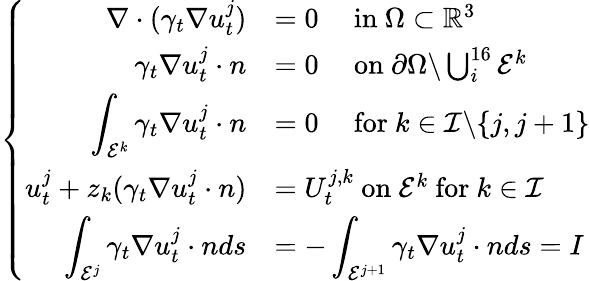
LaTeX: \left\{ \begin{array}{rl}{\displaystyle\nabla\cdot(\gamma_{t}\nabla u_{t}^{j})}&{=0~~~~\mathrm{~in~}\Omega\subset\mathbb{R}^{3}}\\ {\gamma_{t}\nabla u_{t}^{j}\cdot n}&{=0~~~~\mathrm{~on~}\partial\Omega\backslash\bigcup_{i}^{16}\mathcal E^{k}}\\ {\displaystyle\int_{\mathcal E^{k}}\gamma_{t}\nabla u_{t}^{j}\cdot n}&{=0~~~~\mathrm{~for~}k\in\mathcal I\backslash\{ j,j+1\} }\\ {\displaystyle u_{t}^{j}+z_{k}(\gamma_{t}\nabla u_{t}^{j}\cdot n)}&{=U_{t}^{j,k}\mathrm{~on~}\mathcal E^{k}\mathrm{~for~}k\in\mathcal I}\\ {\displaystyle\int_{\mathcal E^{j}}\gamma_{t}\nabla u_{t}^{j}\cdot nds}&{=-\displaystyle\int_{\mathcal E^{j+1}}\gamma_{t}\nabla u_{t}^{j}\cdot nds=I}\end{array}\right.